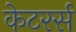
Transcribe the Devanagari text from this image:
केटरर्स